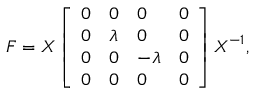
\boldsymbol { F } = \boldsymbol { X } \left[ \begin{array} { l l l l } { 0 } & { 0 } & { 0 } & { 0 } \\ { 0 } & { \lambda } & { 0 } & { 0 } \\ { 0 } & { 0 } & { - \lambda } & { 0 } \\ { 0 } & { 0 } & { 0 } & { 0 } \end{array} \right] \boldsymbol { X } ^ { - 1 } ,